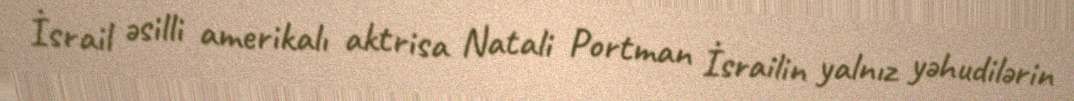
İsrail əsilli amerikalı aktrisa Natali Portman İsrailin yalnız yəhudilərin